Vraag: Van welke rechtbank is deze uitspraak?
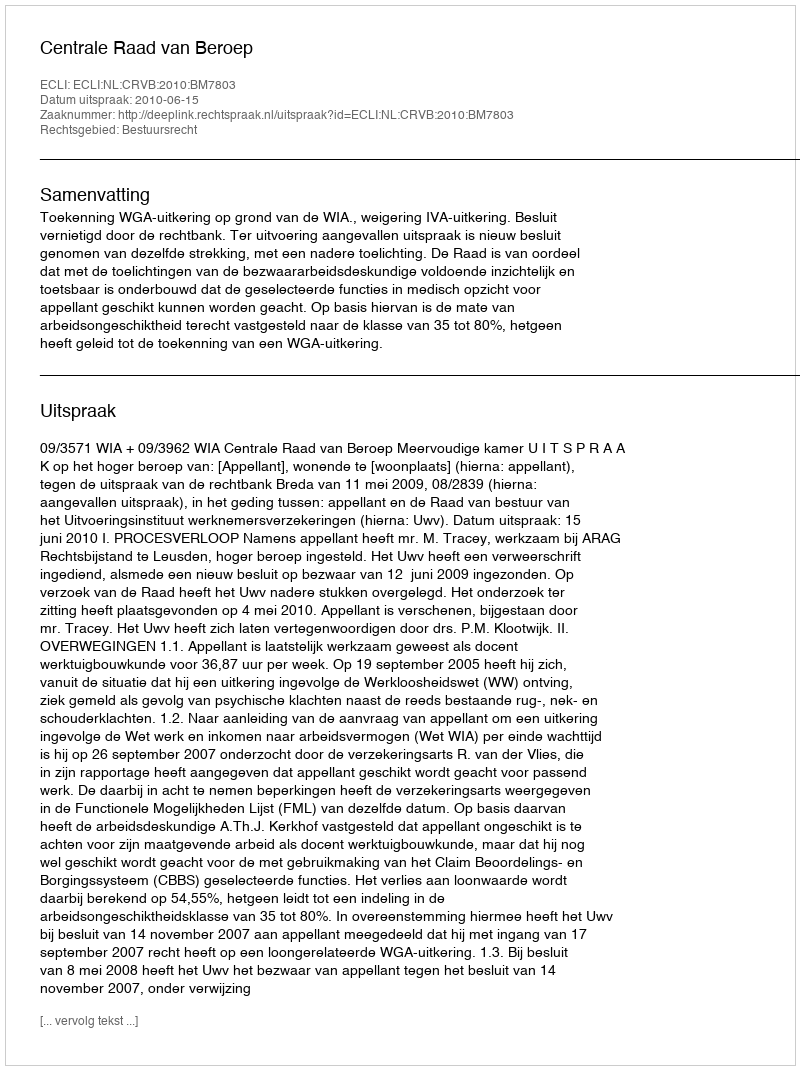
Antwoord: Centrale Raad van Beroep